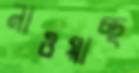
নাওয়াচ্ছ